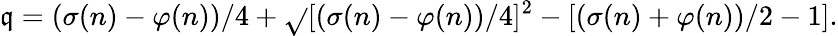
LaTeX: \mathfrak{q}=(\sigma(n)-\varphi(n))/4+{\sqrt{}{{[(\sigma(n)-\varphi(n))/4]^{2}-[(\sigma(n)+\varphi(n))/2-1]}}}.